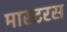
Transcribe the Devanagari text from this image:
मास्टरस